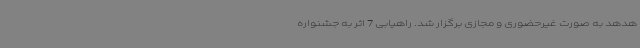
هدهد به صورت غیرحضوری و مجازی برگزار شد. راهیابی 7 اثر به جشنواره